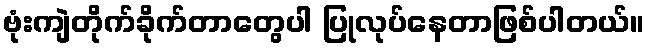
ဗုံးကျဲတိုက်ခိုက်တာတွေပါ ပြုလုပ်နေတာဖြစ်ပါတယ်။